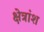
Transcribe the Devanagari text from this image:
क्षेत्रांश